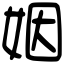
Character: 姻